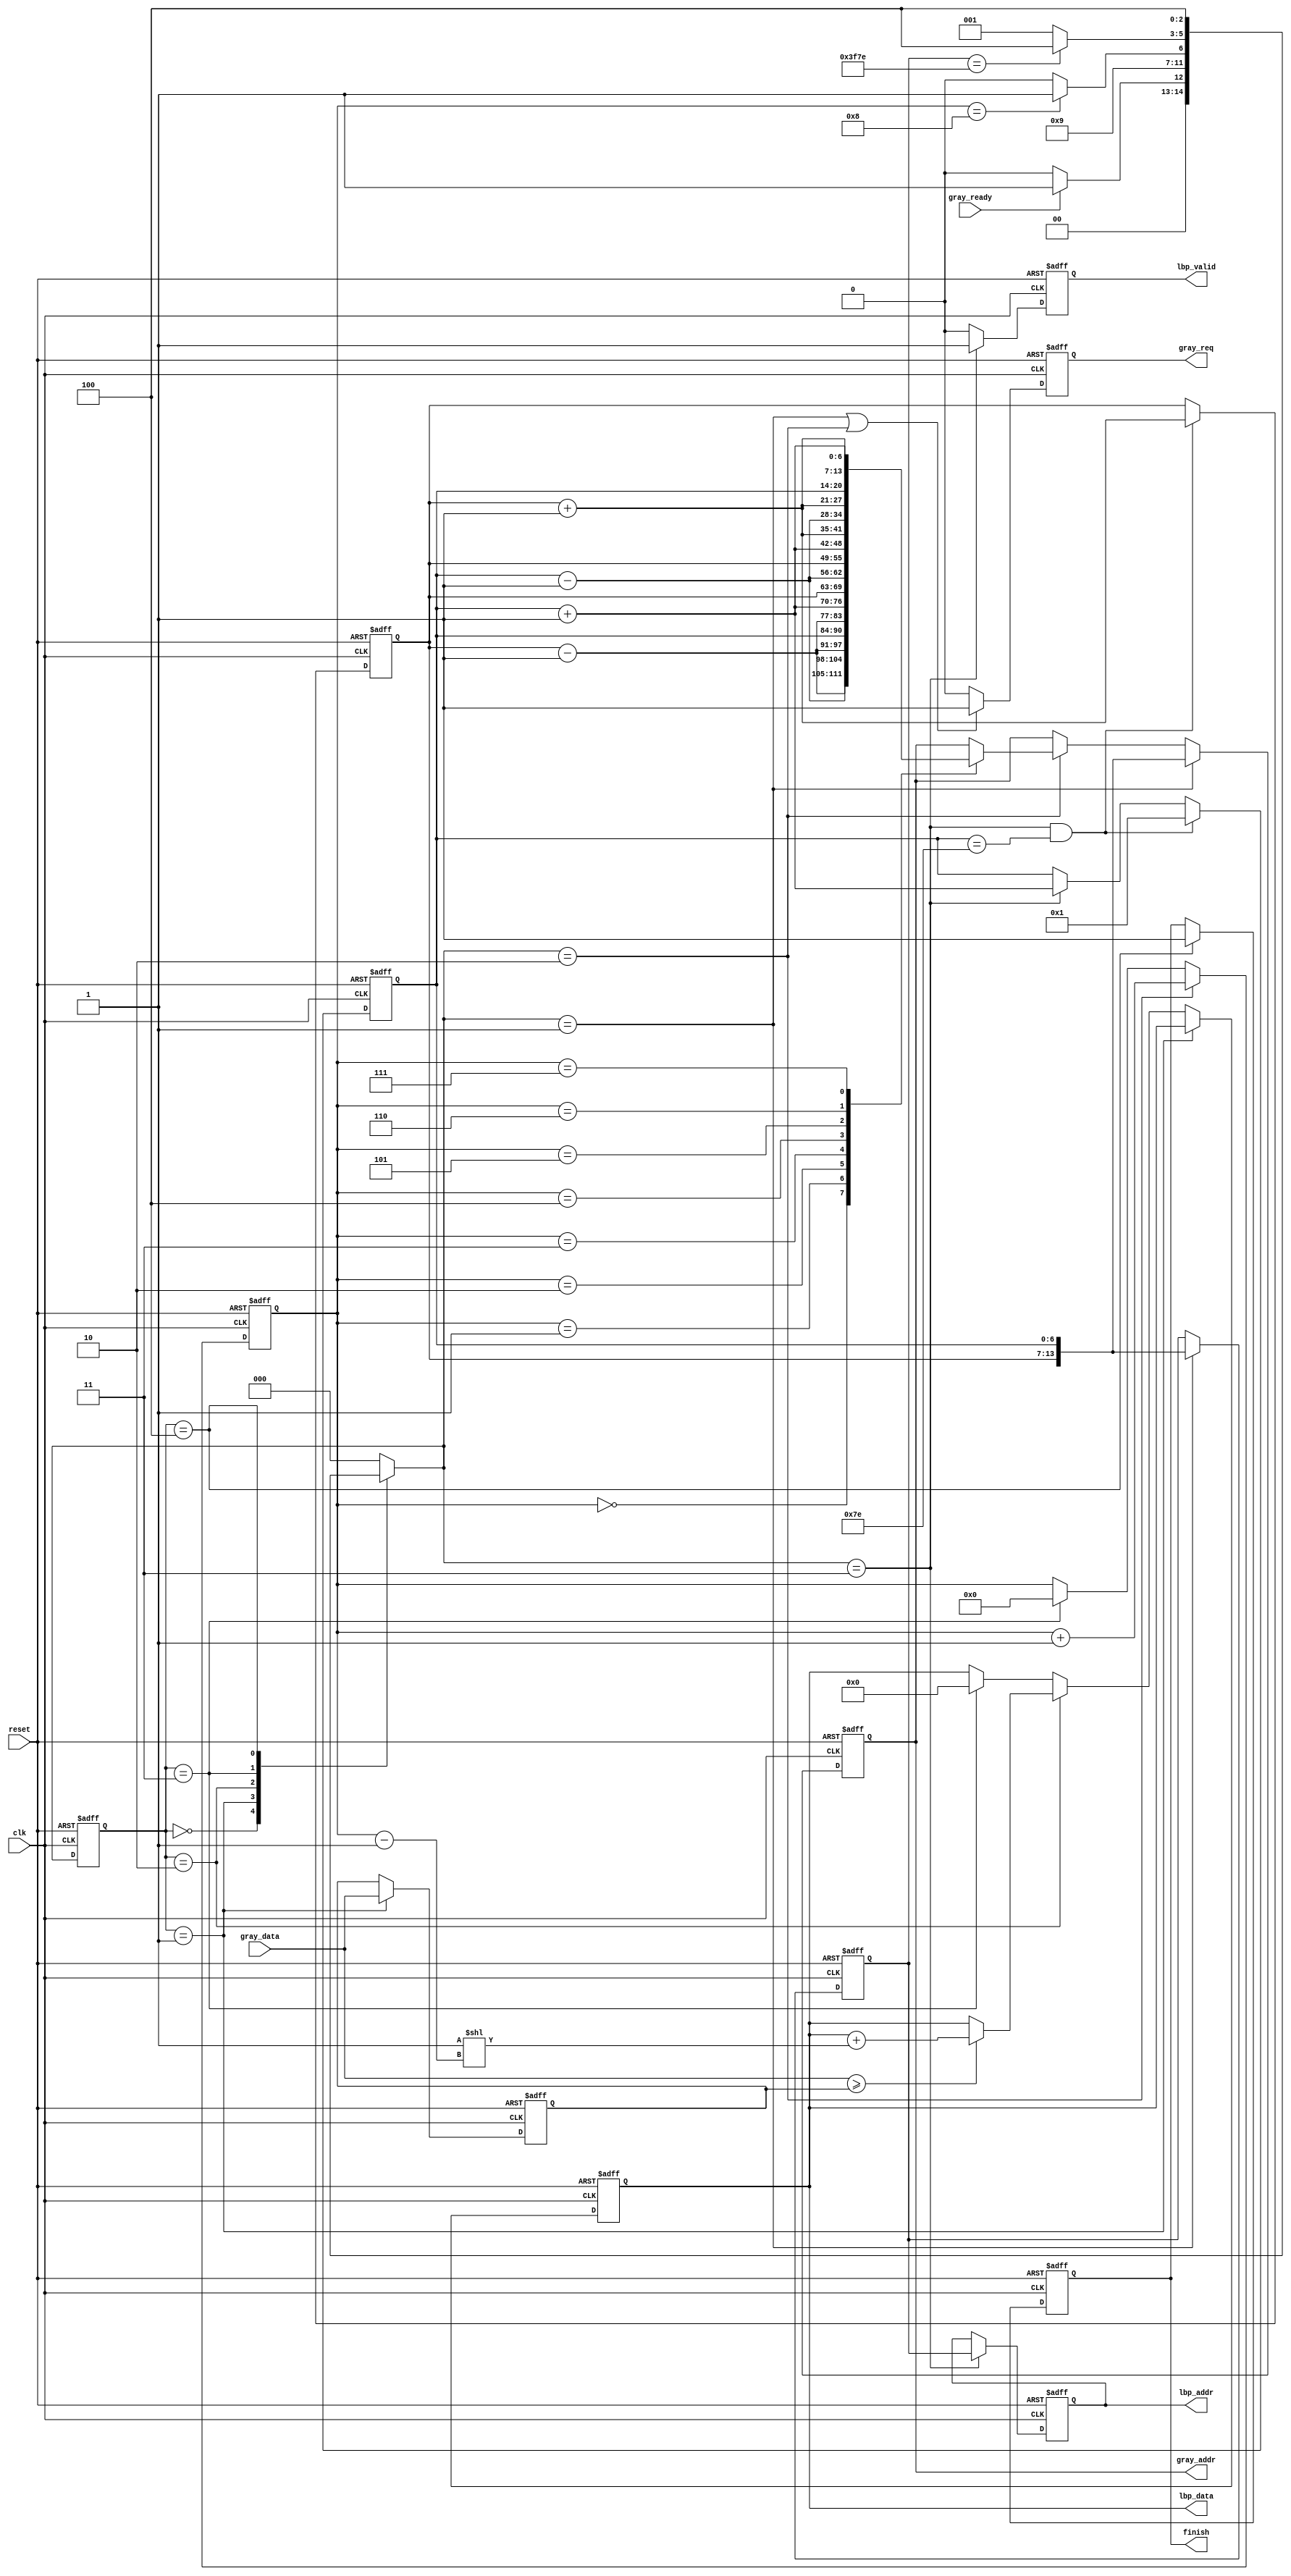
`timescale 1ns/10ps
module LBP ( clk, reset, gray_addr, gray_req, gray_ready, gray_data, lbp_addr, lbp_valid, lbp_data, finish);
input   	    clk;
input   	    reset;
output  [13:0] 	gray_addr;
output         	gray_req;
input   	    gray_ready;
input   [7:0] 	gray_data;
output  [13:0] 	lbp_addr;
output  	    lbp_valid;
output  [7:0] 	lbp_data;
output  	    finish;
//====================================================================
reg [13:0] gray_addr;
reg        gray_req;
reg [13:0] lbp_addr;
reg        lbp_valid;
reg [7:0]  lbp_data;
reg        finish;

reg  [2:0] cur_state;
reg  [2:0] nxt_state;
reg  [6:0] x, y;
reg  [3:0] gp_cnt;
reg  [7:0] gc_data;

reg  [13:0] gc_addr;        // Address of centrol pixel
wire [13:0] gp_addr [0:7];  // Addresses of pixels around centrol pixel

assign gp_addr[0] = {y - 7'd1, x - 7'd1}; // up left
assign gp_addr[1] = {y - 7'd1, x       }; // up
assign gp_addr[2] = {y - 7'd1, x + 7'd1}; // up right

assign gp_addr[3] = {y, x - 7'd1};   // left
assign gp_addr[4] = {y, x + 7'd1};   // right

assign gp_addr[5] = {y + 7'd1, x - 7'd1}; // down left
assign gp_addr[6] = {y + 7'd1, x       }; // down
assign gp_addr[7] = {y + 7'd1, x + 7'd1}; // down right


parameter IDLE    = 3'd0;
parameter READ_GC = 3'd1;
parameter READ_GP = 3'd2;
parameter RESULT  = 3'd3;
parameter FINISH  = 3'd4;

// update state
always @(posedge clk or posedge reset) begin
    if(reset) cur_state <= IDLE;
    else      cur_state <= nxt_state;
end

// next state logic
always @(*) begin
    case(cur_state)
        IDLE:
            if(gray_ready) nxt_state <= READ_GC;
            else           nxt_state <= IDLE;
        READ_GC:
            nxt_state <= READ_GP;
        READ_GP:
            if(gp_cnt == 4'd8) nxt_state <= RESULT;
            else               nxt_state <= READ_GP;
        RESULT:
            if(gc_addr == 14'd16254) nxt_state <= FINISH;
            else                     nxt_state <= READ_GC;
        FINISH: 
            nxt_state <= FINISH;
        default: 
            nxt_state <= IDLE;
    endcase
end


// index x and y
always @(posedge clk or posedge reset) begin
    if(reset) begin
        x <= 7'd1;
        y <= 7'd1;
    end
    else if(nxt_state == RESULT && x == 7'd126) begin
        x <= 7'd1;
        y <= y + 7'd1;
    end
    else if(nxt_state == RESULT)
        x <= x + 7'd1;
end

// gp_cnt
always @(posedge clk or posedge reset) begin
    if(reset)
        gp_cnt <= 4'd0;
    else if(nxt_state == READ_GP)
        gp_cnt <= gp_cnt + 4'd1;
    else if(cur_state == RESULT)
        gp_cnt <= 4'd0;
end

// gc_addr
always@(posedge clk or posedge reset) begin
    if(reset)
        gc_addr <= 14'd129;
    else if(nxt_state == READ_GC)
        gc_addr <= {y, x};
end


//OUTPUT
// gray_addr
always @(posedge clk or posedge reset) begin
    if(reset)
        gray_addr <= 14'd0;
    else if(nxt_state == READ_GC)
        gray_addr <= {y, x};
    else if(nxt_state == READ_GP)
        case (gp_cnt)
            4'd0: gray_addr <= gp_addr[0];
            4'd1: gray_addr <= gp_addr[1];
            4'd2: gray_addr <= gp_addr[2];
            4'd3: gray_addr <= gp_addr[3];
            4'd4: gray_addr <= gp_addr[4];
            4'd5: gray_addr <= gp_addr[5];
            4'd6: gray_addr <= gp_addr[6];
            4'd7: gray_addr <= gp_addr[7];
        endcase
end

// gray_req
always @(posedge clk or posedge reset) begin
    if(reset)
        gray_req <= 1'd0;
    else if(nxt_state == READ_GC || nxt_state == READ_GP)
        gray_req <= 1'd1;
    else
        gray_req <= 1'd0;
end

// lbp_addr
always @(posedge clk or posedge reset) begin
    if(reset)
        lbp_addr <= 14'd0;
    else if(nxt_state == RESULT)
        lbp_addr <= gc_addr;
end

// lbp_valid
always @(posedge clk or posedge reset) begin
    if(reset)
        lbp_valid <= 1'd0;
    else if(nxt_state == RESULT)
        lbp_valid <= 1'd1;
    else
        lbp_valid <= 1'd0;
end

// lbp_data and gc_data
always @(posedge clk or posedge reset) begin
    if(reset) begin
        lbp_data <= 8'd0;
        gc_data  <= 8'd0;
    end
    else if(cur_state == READ_GC)
        gc_data <= gray_data;
    else if(cur_state == READ_GP) begin
        if(gray_data >= gc_data)
            lbp_data <= lbp_data + (8'd1 << gp_cnt - 4'd1);
    end
    else if(cur_state == RESULT)
        lbp_data <= 8'd0;
end

// finish
always @(posedge clk or posedge reset) begin
    if(reset)
        finish <= 1'd0;
    else if(cur_state == FINISH)
        finish <= 1'd1;
end
//====================================================================
endmodule